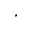
^ \star